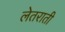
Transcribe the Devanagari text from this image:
लेतराती